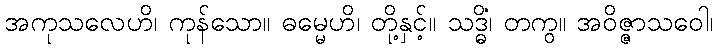
အကုသလေဟိ၊ ကုန်သော။ ဓမ္မေဟိ၊ တို့နှင့်။ သဒ္ဓိံ၊ တကွ။ အဝိဇ္ဇာသဝေါ၊